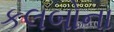
કલબોના